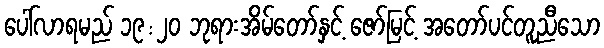
ပေါ်လာရမည် ၁၉:၂၀ ဘုရားအိမ်တော်နှင့် ဇော်မြင့် အတော်ပင်တူညီသော